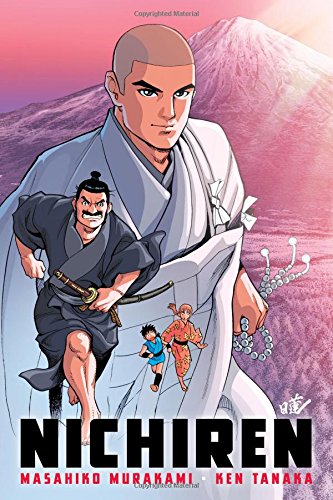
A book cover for Nichiren; Masahiko Murakami; Comics & Graphic Novels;